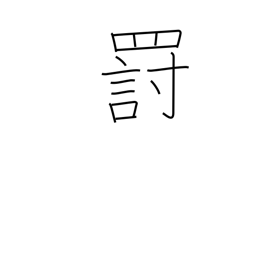
Meaning: punishment